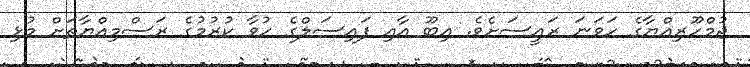
ޖުމްހޫރިއްޔާގެ ހަވަނަ ރައީސަށެވެ. އިބޫ އާއި ފައިސަލްގެ ހުވާ ކުުރުމުގެ ރަސްމިއްޔާތަށް މުޅި